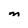
Character: M